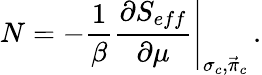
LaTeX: N=-{\frac{1}{\beta}}{\frac{\partial S_{eff}}{\partial\mu}}\Biggr\vert_{\sigma_{c},\vec{\pi}_{c}}\, .